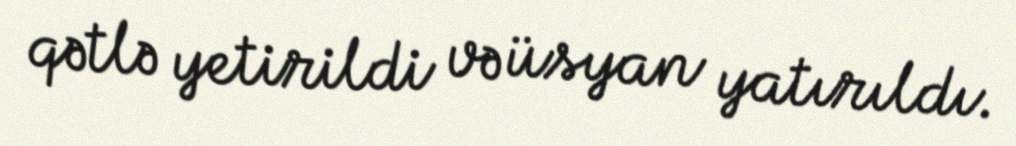
qətlə yetirildi və üsyan yatırıldı.